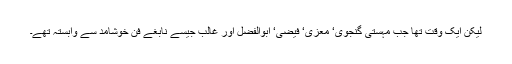
لیکن ایک وقت تھا جب مہستی گنجوی‘ معزی‘ فیضی‘ ابوالفضل اور غالب جیسے نابغے فنِ خوشامد سے وابستہ تھے۔